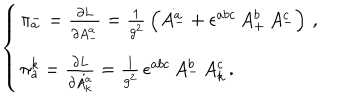
\left\{ \begin{array} { l } { { \pi _ { a } ^ { - } = \frac { \partial L } { \partial \dot { A _ { - } ^ { a } } } = \frac { 1 } { g ^ { 2 } } \, \left( \dot { A _ { - } ^ { a } } + \epsilon ^ { a b c } \, A _ { + } ^ { b } \, A _ { - } ^ { c } \right) \, , } } \\ { { \pi _ { a } ^ { k } = \frac { \partial L } { \partial \dot { A _ { k } ^ { a } } } = \frac { 1 } { g ^ { 2 } } \, \epsilon ^ { a b c } \, A _ { - } ^ { b } \, A _ { k } ^ { c } \, . } } \\ \end{array} \right.